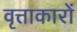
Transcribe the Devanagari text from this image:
वृत्ताकारों